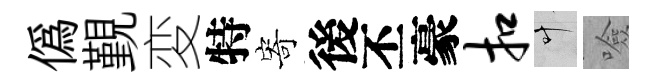
偽覲変特寄後丕豪扣叶噞